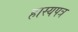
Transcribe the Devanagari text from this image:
हास्यपत्र